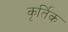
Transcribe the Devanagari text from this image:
कृर्तिक